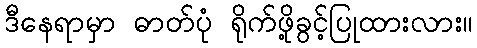
ဒီနေရာမှာ ဓာတ်ပုံ ရိုက်ဖို့ခွင့်ပြုထားလား။